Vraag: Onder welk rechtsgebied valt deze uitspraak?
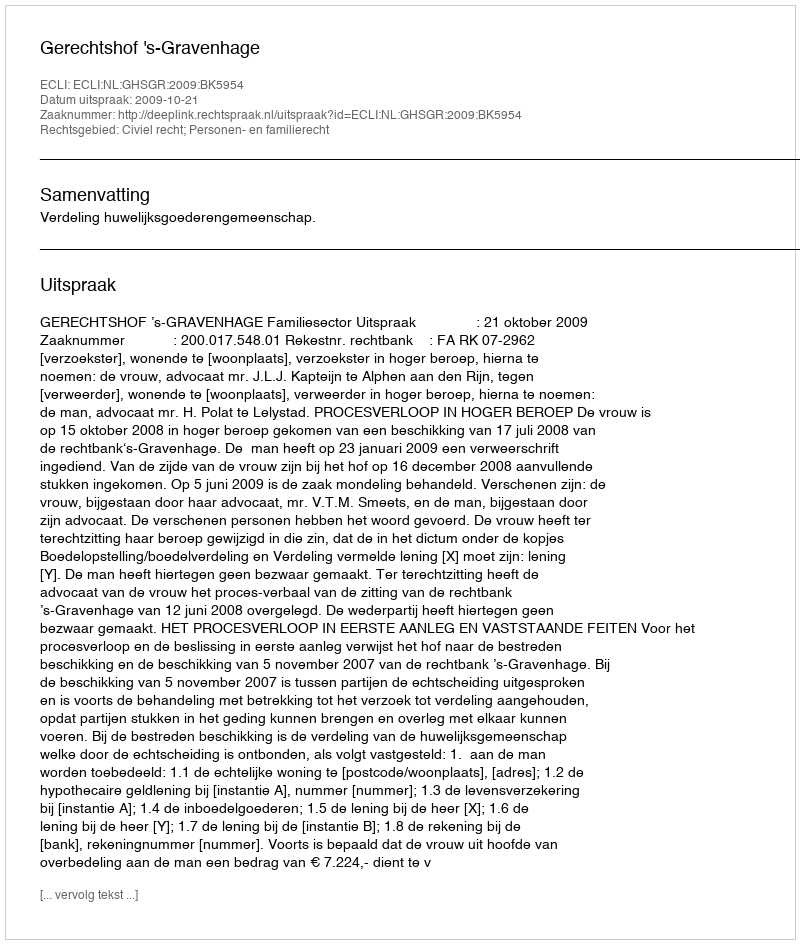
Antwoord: Civiel recht; Personen- en familierecht